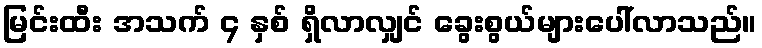
မြင်းထီး အသက် ၄ နှစ် ရှိလာလျှင် ခွေးစွယ်များပေါ်လာသည်။